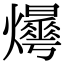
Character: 𤒫